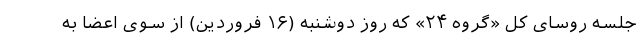
جلسه روسای کل «گروه ۲۴» که روز دوشنبه (۱۶ فروردین) از سوی اعضا به